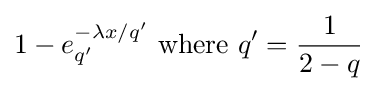
1-e_{q'}^{-\lambda x/q'}{\text{ where }}q'={\frac {1}{2-q}}